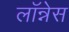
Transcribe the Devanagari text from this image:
लॉन्नेस